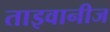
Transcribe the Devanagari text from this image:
ताइवानीज